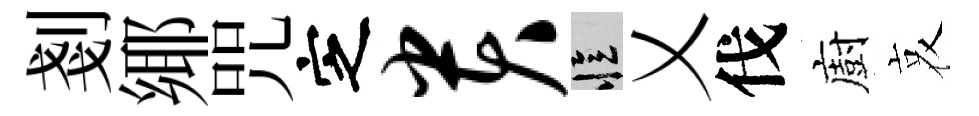
剗鄊咒㝎贵忆乂伐廚哀